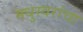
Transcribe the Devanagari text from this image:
मधुस्वरांचा